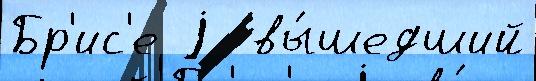
Бр'ис'е j  вы́шедший